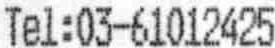
TEL:03-61012425